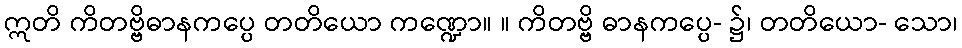
ဣတိ ကိတဗ္ဗိဓာနကပ္ပေ တတိယော ကဏ္ဍော။ ။ ကိတဗ္ဗိ ဓာနကပ္ပေ- ၌၊ တတိယော- သော၊